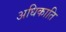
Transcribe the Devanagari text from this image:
अधिकाति